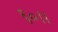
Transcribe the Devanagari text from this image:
६०।।